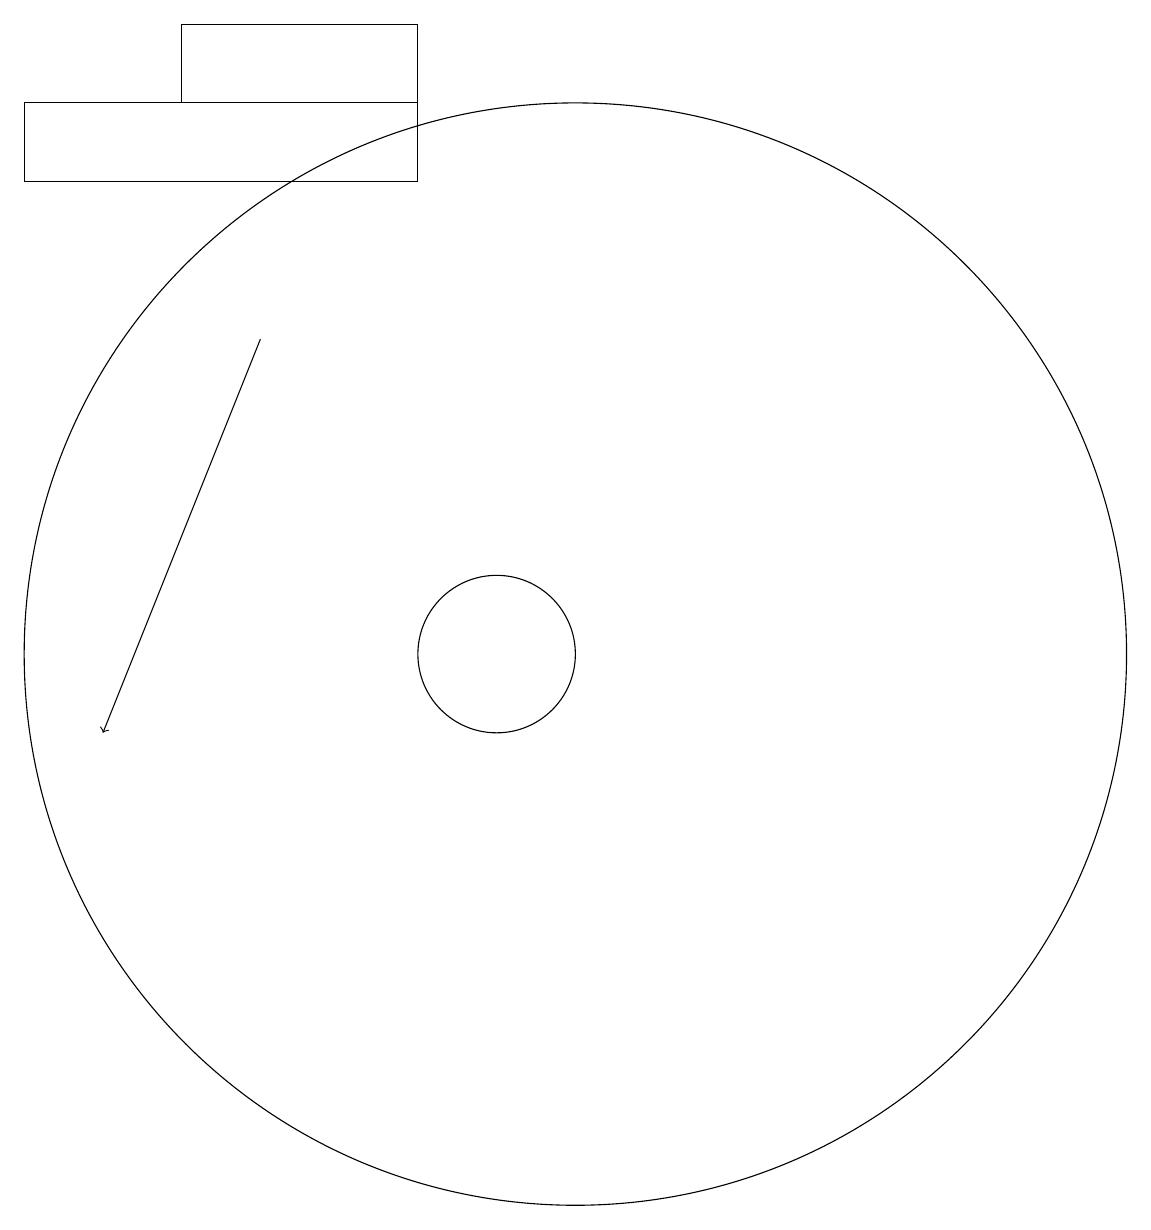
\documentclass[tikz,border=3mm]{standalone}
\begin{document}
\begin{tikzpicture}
\draw (9,19) rectangle (6,18);
\draw (4,18) rectangle (9,17);
\draw[->] (7,15) -- (5,10);
\draw (11,11) circle (7);
\draw (10,11) circle (1);
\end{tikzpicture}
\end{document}